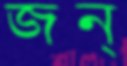
জন্